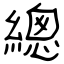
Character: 總